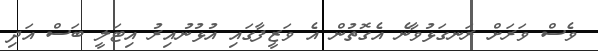
ވެސް ވަރަށް ރަނގަޅުވާނެ އެގޮތުން އެ ވަޒީފާގައި އުޅުނުއިރު އިޓަލީ ބަސް އަދި